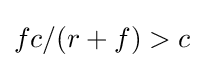
fc/(r+f)>c